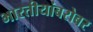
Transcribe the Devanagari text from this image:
भारतीयांबरोबर